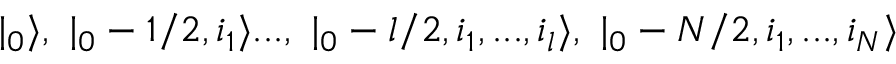
| \l _ { 0 } \rangle , \ | \l _ { 0 } - 1 / 2 , i _ { 1 } \rangle . . . , \ | \l _ { 0 } - l / 2 , i _ { 1 } , . . . , i _ { l } \rangle , \ | \l _ { 0 } - N / 2 , i _ { 1 } , . . . , i _ { N } \rangle